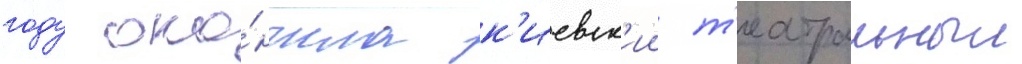
году око́нчила к'иевск'ии т'еатральныи